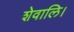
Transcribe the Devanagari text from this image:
शेवालि।